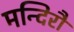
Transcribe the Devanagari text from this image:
मन्दिरौ